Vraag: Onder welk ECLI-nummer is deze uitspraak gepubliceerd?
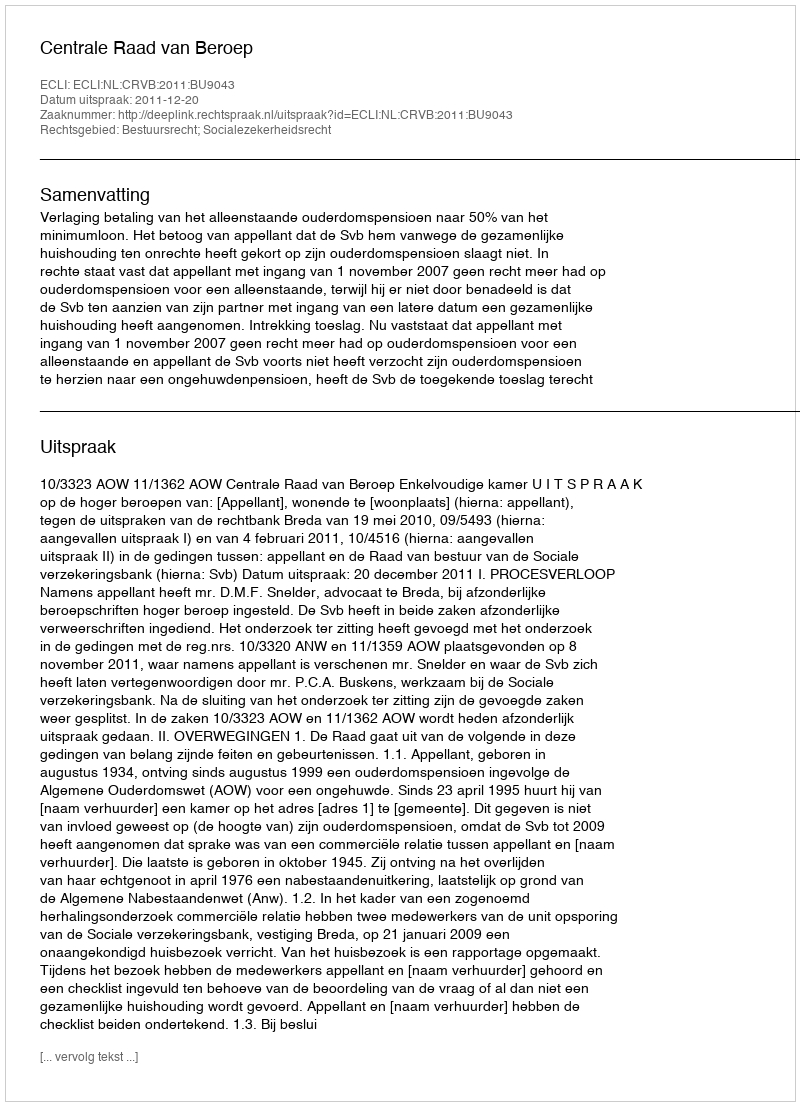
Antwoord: ECLI:NL:CRVB:2011:BU9043